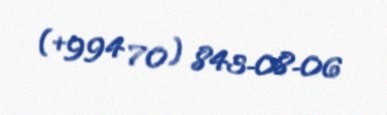
(+994 70) 843-08-06